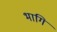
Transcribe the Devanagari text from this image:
भागि